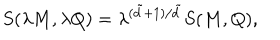
S ( \lambda M , \lambda Q ) = \lambda ^ { ( \tilde { d } + 1 ) / \tilde { d } } S ( M , Q ) ,